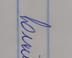
Signature authenticity: genuine